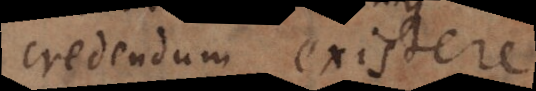
credendum existere